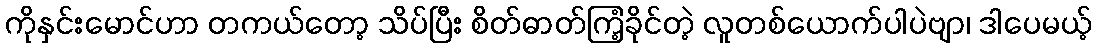
ကိုနှင်းမောင်ဟာ တကယ်တော့ သိပ်ပြီး စိတ်ဓာတ်ကြံ့ခိုင်တဲ့ လူတစ်ယောက်ပါပဲဗျာ၊ ဒါပေမယ့်